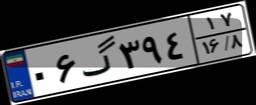
۵۵گ۰۳۳۵۴